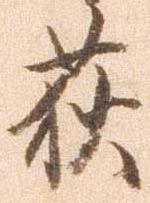
荻